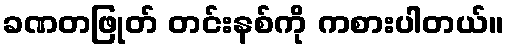
ခဏတဖြုတ် တင်းနစ်ကို ကစားပါတယ်။